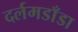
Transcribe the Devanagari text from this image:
दर्लमडाँडा